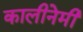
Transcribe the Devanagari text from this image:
कालीनेमी